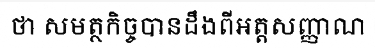
ថា សមត្ថកិច្ចបានដឹងពីអត្តសញ្ញាណ